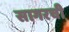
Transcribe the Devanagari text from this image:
सागरची